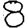
Digit: 8